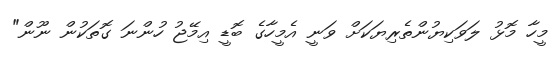
މީހާ މޮޅު ލަވަކިޔުންތެރިޔަކަށް ވަނީ އެމީހާގެ ބޮޑީ އިމޭޖު ހުންނަ ގޮތަކުން ނޫން"